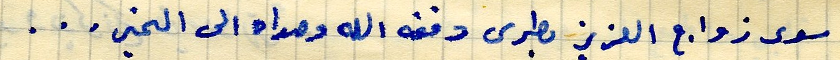
سوى زواج العزيز بطرس وفقه الله وهداه الى الخير...